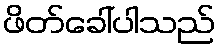
ဖိတ်ခေါ်ပါသည်